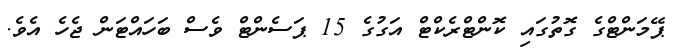
ޕޭމަންޓްގެ ގޮތުގައި ކޮންޓްރެކްޓް އަގުގެ 15 ޕަސެންޓް ވެސް ބަހައްޓަން ޖެހެ އެވެ.